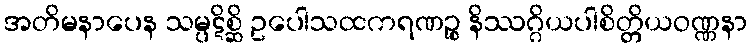
အတိမနာပေန သမ္ပဋိစ္ဆိ ဥပေါသထကရဏဉ္စ နိဿဂ္ဂိယပါစိတ္တိယဝဏ္ဏနာ